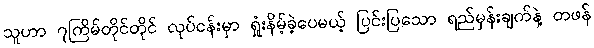
သူဟာ ၇ကြိမ်တိုင်တိုင် လုပ်ငန်းမှာ ရှုံးနိမ့်ခဲ့ပေမယ့် ပြင်းပြသော ရည်မှန်းချက်နဲ့ တဖန်